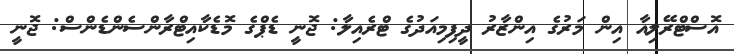
އޮސްޓްރޭލިއާ އިން މަރުގެ އިންޒާރު ދީފިމިއަދުގެ ޓްރެއިލާ: ޖޮނީ ޑެޕްގެ މޮޑެކާއިޓްރާންސެންޑެންސް: ޖޮނީ